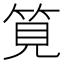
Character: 筧